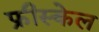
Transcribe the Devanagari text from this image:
फ्रीस्केल